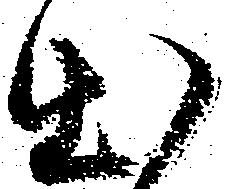
出